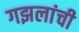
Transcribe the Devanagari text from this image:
गझलांची